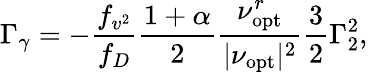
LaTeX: \Gamma_{\gamma}=-\frac{f_{v^{2}}}{f_{D}}\frac{1+\alpha}{2}\frac{\nu_{\mathrm{opt}}^{r}}{|\nu_{\mathrm{opt}}|^{2}}\frac{3}{2}\Gamma_{2}^{2},